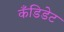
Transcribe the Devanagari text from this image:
कँडिडेट